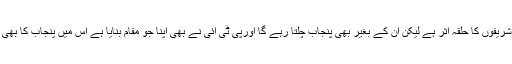
پنجاب میں شریفوں کا حلقہ ٔاثر ہے لیکن ان کے بغیر بھی پنجاب چلتا رہے گا اورپی ٹی آئی نے بھی اپنا جو مقام بنایا ہے اس میں پنجاب کا بھی حصہ ہے ۔